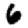
Digit: 6